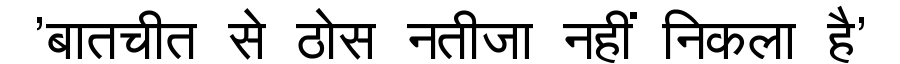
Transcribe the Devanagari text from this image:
'बातचीत से ठोस नतीजा नहीं निकला है'